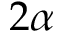
2 \alpha